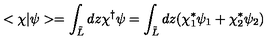
< \chi | \psi > = \int _ { \tilde { L } } d z \chi ^ { \dagger } \psi = \int _ { \tilde { L } } d z ( \chi _ { 1 } ^ { \ast } \psi _ { 1 } + \chi _ { 2 } ^ { \ast } \psi _ { 2 } )